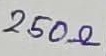
Text: 250Ω